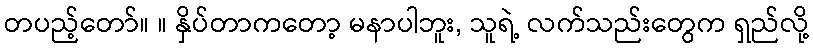
တပည့်တော်။ ။ နှိပ်တာကတော့ မနာပါဘူး, သူရဲ့ လက်သည်းတွေက ရှည်လို့